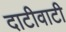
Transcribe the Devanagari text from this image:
दाटीवाटी